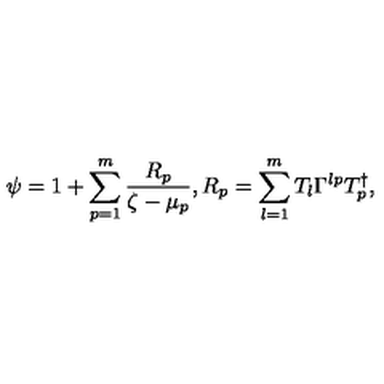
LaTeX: \psi = 1 + \sum _ { p = 1 } ^ { m } \frac { R _ { p } } { \zeta - \mu _ { p } } , R _ { p } = \sum _ { l = 1 } ^ { m } T _ { l } \Gamma ^ { l p } T _ { p } ^ { \dag } ,